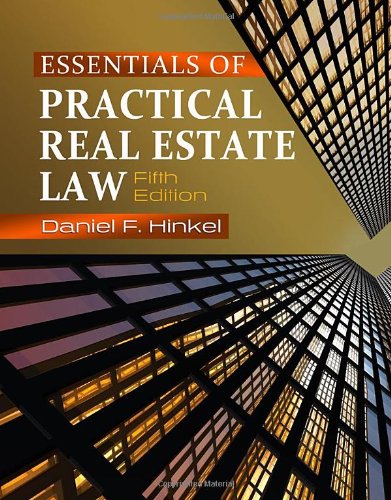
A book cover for Essentials of Practical Real Estate Law; Daniel F. Hinkel; Business & Money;